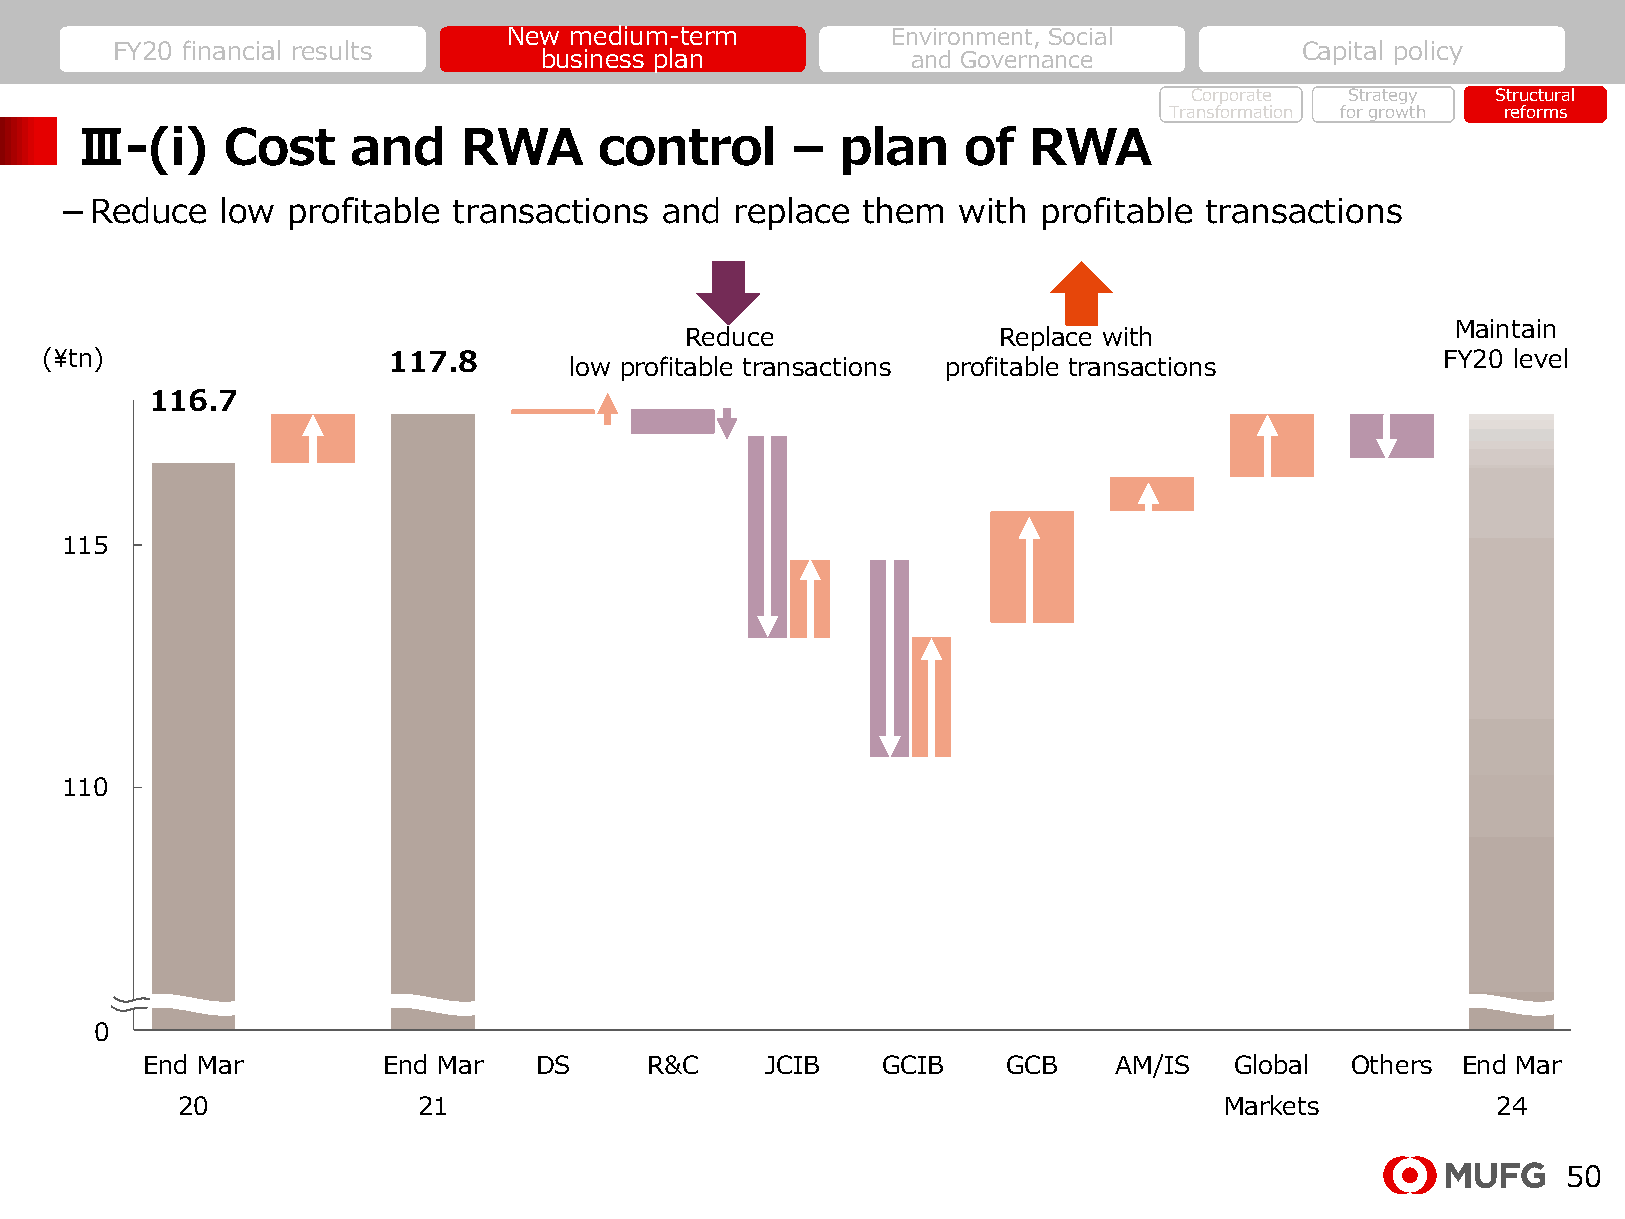
New medium-term          Environment, Social
 FY20 financial results                                                         Capital policy
 business plan           and Governance
 Corporate Strategy  Structural
 Transformation for growth reforms
 Ⅲ-(i)     Cost    and    RWA       control     –   plan    of  RWA
 －Reduce    low profitable transactions  and  replace them  with  profitable transactions
 Maintain
 Reduce               Replace with
 (¥tn)                  117.8       low profitable transactions profitable transactions       FY20 level
 116.7
 115
 110
 1050
 End Mar         End Mar   DS      R&C     JCIB   GCIB     GCB    AM/IS   Global Others  End Mar
 20              21                                                   Markets           24
 50